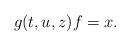
LaTeX: \begin{align*} g(t,u,z) f = x. \end{align*}